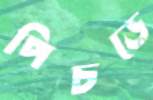
পিচড়ে